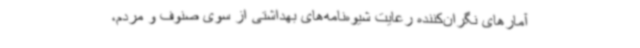
آمارهای نگران‌کننده رعایت شیوه‌نامه‌های بهداشتی از سوی صنوف و مردم،